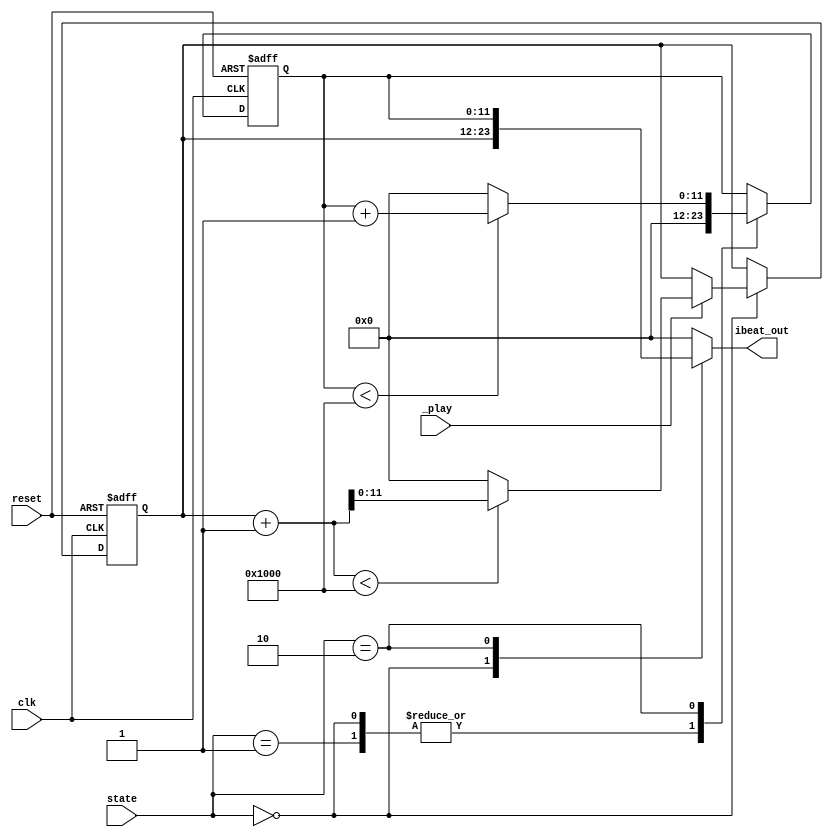
module player_control (
	input clk, // clkDiv22
	input reset, 
	input _play, 
	input [1:0] state,
	output reg [11:0] ibeat_out
);

	// per song: 8 measures
	// per measure: 4 beats
	// per beat: 16 ibeat
	// total: 8*4*16 = 2^9 = 512 ibeats
	parameter LEN = 4096; // we can change this to 512 in module instantiation

	parameter [1:0] DEMONSTRATE = 2'b00;
	parameter [1:0] PIANO = 2'b01;
	parameter [1:0] HELPER = 2'b10;

  reg [11:0] ibeat, next_ibeat; // for DEMONSTRATE
	reg [11:0] ibeat2, next_ibeat2; // for HELPER

	always @(posedge clk, posedge reset) begin
		if (reset) begin
			ibeat <= 0;
			ibeat2 <= 0;
		end else begin
			ibeat <= next_ibeat;
			ibeat2 <= next_ibeat2;
		end
	end

	always @* begin
		next_ibeat = ibeat;
		next_ibeat2 = ibeat2;

		case (state)
			DEMONSTRATE: begin
				if (_play == 'b1) next_ibeat = (ibeat + 1 < LEN) ? ibeat + 1 : 0; // repeat
				else next_ibeat = ibeat;
				next_ibeat2 = 0; // prepare for helper state
			end
			PIANO: begin
				next_ibeat2 = 0; // prepare for helper state
			end
			HELPER: begin
				// stops after last note (i.e., stops at LEN, so that we can detect song end)
				next_ibeat2 = (ibeat2 < LEN) ? ibeat2 + 1 : LEN;
			end
		endcase
	end

	always @(*) begin
		ibeat_out = 0;

		case (state)
			DEMONSTRATE: ibeat_out = ibeat;
			HELPER: ibeat_out = ibeat2;
		endcase
	end

endmodule